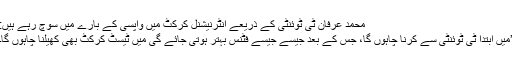
محمد عرفان ٹی ٹوئنٹی کے ذریعے انٹرنیشنل کرکٹ میں واپسی کے بارے میں سوچ رہے ہیں:
’میں ابتدا ٹی ٹوئنٹی سے کرنا چاہوں گا، جس کے بعد جیسے جیسے فٹنس بہتر ہوتی جائے گی میں ٹیسٹ کرکٹ بھی کھیلنا چاہوں گا۔